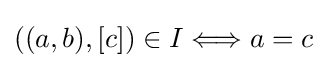
((a,b),[c])\in I\Longleftrightarrow a=c